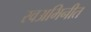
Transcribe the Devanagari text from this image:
स्वअभिनीत